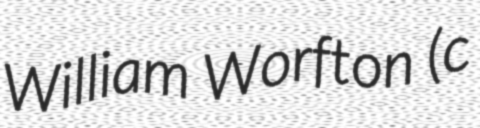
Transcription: William Worfton (c